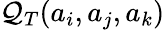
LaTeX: \mathcal{Q}_{T}(a_{i},a_{j},a_{k})